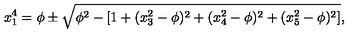
x _ { 1 } ^ { 4 } = \phi \pm \sqrt { \phi ^ { 2 } - [ 1 + ( x _ { 3 } ^ { 2 } - \phi ) ^ { 2 } + ( x _ { 4 } ^ { 2 } - \phi ) ^ { 2 } + ( x _ { 5 } ^ { 2 } - \phi ) ^ { 2 } ] } ,